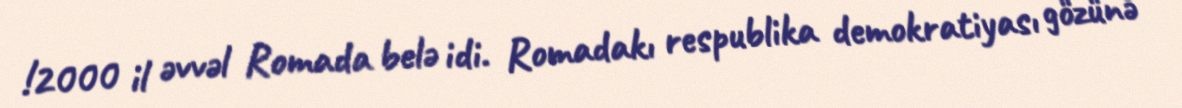
!2000 il əvvəl Romada belə idi. Romadakı respublika demokratiyası gözünə